Studies on the mouth parts a Comparative anatomy of the proboscis in the blood-sucking muscidae - Number 60
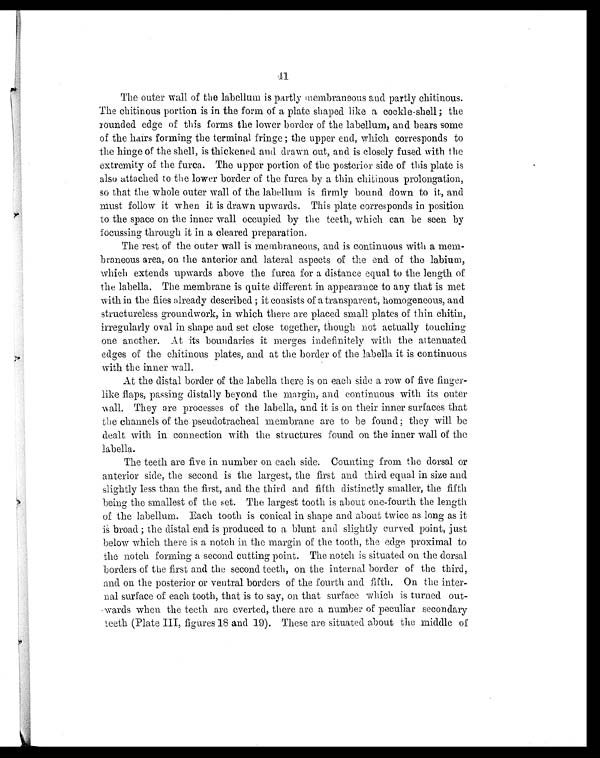
41
The outer wall of the labellum is partly membraneous and partly chitinous.
The chitinous portion is in the form of a plate shaped like a cockle-shell; the
rounded edge of this forms the lower border of the labellum, and bears some
of the hairs forming the terminal fringe ; the upper end, which corresponds to
the hinge of the shell, is thickened and drawn out, and is closely fused with the
extremity of the furca. The upper portion of the posterior side of this plate is
also attached to the lower border of the furca by a thin chitinous prolongation,
so that the whole outer wall of the labellum is firmly bound down to it, and
must follow it when it is drawn upwards. This plate corresponds in position
to the space on the inner wall occupied by the teeth, which can be seen by
focussing through it in a cleared preparation.
The rest of the outer wall is membraneous, and is continuous with a mem-
braneous area, on the anterior and lateral aspects of the end of the labium,
which extends upwards above the furca for a distance equal to the length of
the labella. The membrane is quite different in appearance to any that is met
with in the flies already described ; it consists of a transparent, homogeneous, and
structureless groundwork, in which there are placed small plates of thin chitin,
irregularly oval in shape and set close together, though not actually touching
one another. At its boundaries it merges indefinitely with the attenuated
edges of the chitinous plates, and at the border of the labella it is continuous
with the inner wall.
At the distal border of the labella there is on each side a row of five finger-
like flaps, passing distally beyond the margin, and continuous with its outer
wall. They are processes of the labella, and it is on their inner surfaces that
the channels of the pseudotracheal membrane are to be found; they will be
dealt with in connection with the structures found on the inner wall of the
The teeth are five in number on each side. Counting from the dorsal or
anterior side, the second is the largest, the first and third equal in size and
slightly less than the first, and the third and fifth distinctly smaller, the fifth
being the smallest of the set. The largest tooth is about one-fourth the length
of the labellum. Each tooth is conical in shape and about twice as long as it
is broad ; the distal end is produced to a blunt and slightly curved point, just
below which there is a notch in the margin of the tooth, the edge proximal to
the notch forming a second cutting point. The notch is situated on the dorsal
borders of the first and the second teeth, on the internal border of the third,
and on the posterior or ventral borders of the fourth and fifth. On the inter-
nal surface of each tooth, that is to say, on that surface which is turned out-
wards when the teeth are everted, there are a number of peculiar secondary
teeth (Plate III, figures 18 and 19). These are situated about the middle of